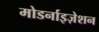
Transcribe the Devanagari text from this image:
मोडर्नाइज़ेशन